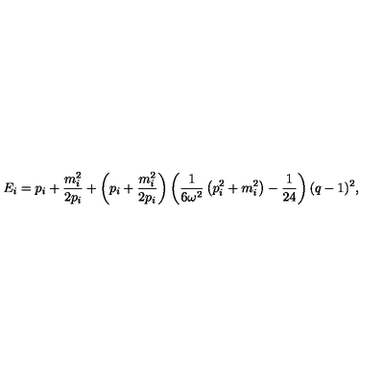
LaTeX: E _ { i } = p _ { i } + \frac { m _ { i } ^ { 2 } } { 2 p _ { i } } + \left( p _ { i } + \frac { m _ { i } ^ { 2 } } { 2 p _ { i } } \right) \left( \frac { 1 } { 6 \omega ^ { 2 } } \left( p _ { i } ^ { 2 } + m _ { i } ^ { 2 } \right) - \frac { 1 } { 2 4 } \right) ( q - 1 ) ^ { 2 } ,